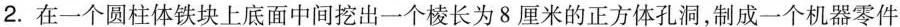
2.在一个圆柱体铁块上底面中间挖出一个棱长为8厘米的正方体孔洞，制成一个机器零件